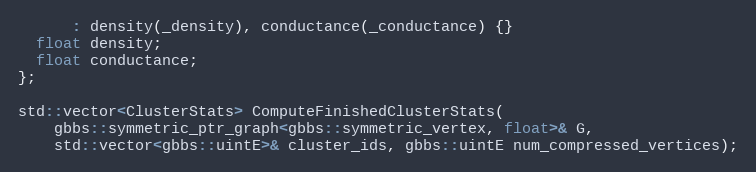
Language: C
      : density(_density), conductance(_conductance) {}
  float density;
  float conductance;
};

std::vector<ClusterStats> ComputeFinishedClusterStats(
    gbbs::symmetric_ptr_graph<gbbs::symmetric_vertex, float>& G,
    std::vector<gbbs::uintE>& cluster_ids, gbbs::uintE num_compressed_vertices);